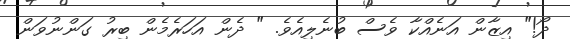
ދޯ!" އިޒާން އަނެއްކާ ވެސް ބުނެލިއެވެ. " ދެން އަހަރެމެން ބިރު ގަންނުވަން